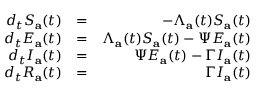
\begin{array} { r l r } { d _ { t } S _ { \mathbf { a } } ( t ) } & { = } & { - \Lambda _ { \mathbf { a } } ( t ) S _ { \mathbf { a } } ( t ) } \\ { d _ { t } E _ { \mathbf { a } } ( t ) } & { = } & { \Lambda _ { \mathbf { a } } ( t ) S _ { \mathbf { a } } ( t ) - \Psi E _ { \mathbf { a } } ( t ) } \\ { d _ { t } I _ { \mathbf { a } } ( t ) } & { = } & { \Psi E _ { \mathbf { a } } ( t ) - \Gamma I _ { \mathbf { a } } ( t ) } \\ { d _ { t } R _ { \mathbf { a } } ( t ) } & { = } & { \Gamma I _ { \mathbf { a } } ( t ) } \end{array}